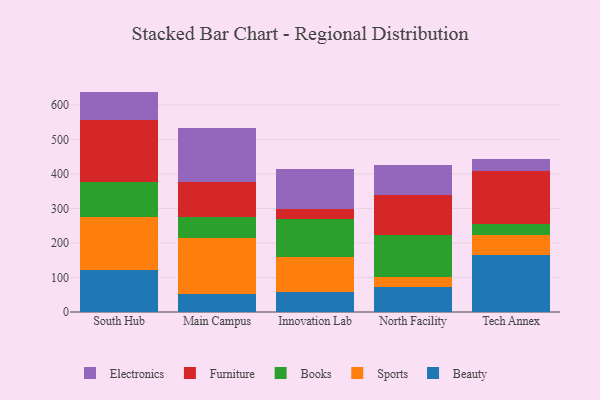
{"axis": {"x": "Campus", "y": "Waste Production (Tons)"}, "legend": ["Beauty", "Books", "Electronics", "Furniture", "Sports"], "data": [{"x": "South Hub", "y": 121.2, "type": "Beauty"}, {"x": "South Hub", "y": 155.1, "type": "Sports"}, {"x": "South Hub", "y": 100.1, "type": "Books"}, {"x": "South Hub", "y": 179.0, "type": "Furniture"}, {"x": "South Hub", "y": 83.6, "type": "Electronics"}, {"x": "Main Campus", "y": 51.7, "type": "Beauty"}, {"x": "Main Campus", "y": 163.7, "type": "Sports"}, {"x": "Main Campus", "y": 60.8, "type": "Books"}, {"x": "Main Campus", "y": 101.2, "type": "Furniture"}, {"x": "Main Campus", "y": 157.5, "type": "Electronics"}, {"x": "Innovation Lab", "y": 58.2, "type": "Beauty"}, {"x": "Innovation Lab", "y": 100.8, "type": "Sports"}, {"x": "Innovation Lab", "y": 111.3, "type": "Books"}, {"x": "Innovation Lab", "y": 27.5, "type": "Furniture"}, {"x": "Innovation Lab", "y": 116.7, "type": "Electronics"}, {"x": "North Facility", "y": 73.6, "type": "Beauty"}, {"x": "North Facility", "y": 27.5, "type": "Sports"}, {"x": "North Facility", "y": 121.7, "type": "Books"}, {"x": "North Facility", "y": 117.1, "type": "Furniture"}, {"x": "North Facility", "y": 85.4, "type": "Electronics"}, {"x": "Tech Annex", "y": 166.1, "type": "Beauty"}, {"x": "Tech Annex", "y": 56.6, "type": "Sports"}, {"x": "Tech Annex", "y": 33.5, "type": "Books"}, {"x": "Tech Annex", "y": 152.0, "type": "Furniture"}, {"x": "Tech Annex", "y": 35.1, "type": "Electronics"}]}